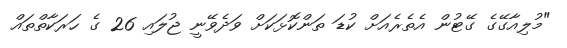
"މުލިއާގޭގެ ގޭޓުން އެތެރެއަށް ކުޑަ ތަންކޮޅަކަށް ވަދެވޭނީ ޖުލައި 26 ގެ ހަރަކާތްތައް